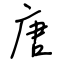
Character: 唐